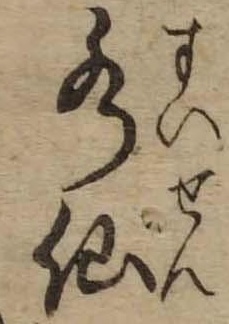
水仙